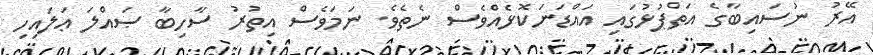
އޭރު ނުސައިބާގެ އަތްޕުޅުގައި އައްޑަނަކޮޅެއްވެސް ނެތެވެ. ނަމަވެސް އިތުރު ސާހިބާ ޞައްލަ ޢަލައިހި